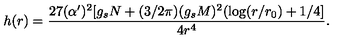
h ( r ) = { \frac { 2 7 ( \alpha ^ { \prime } ) ^ { 2 } [ g _ { s } N + ( 3 / 2 \pi ) ( g _ { s } M ) ^ { 2 } ( \log ( r / r _ { 0 } ) + 1 / 4 ] } { 4 r ^ { 4 } } } .